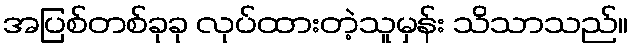
အပြစ်တစ်ခုခု လုပ်ထားတဲ့သူမှန်း သိသာသည်။